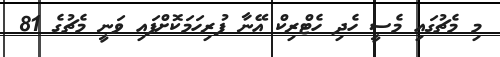
މި މެޗުގައި މެސީ ހެދި ހެޓްރިކް އޭނާ ފުރިހަމަކޮށްފައި ވަނީ މެޗުގެ 81